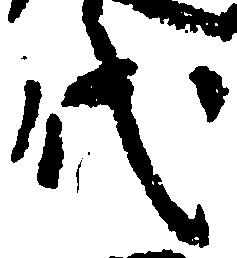
代